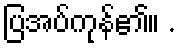
ပြအပ်ကုန်၏။ .